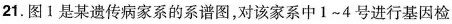
21.图1是某遗传病家系的系谱图，对该家系中1~4号进行基因检